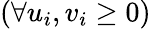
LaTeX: \left(\forall u_{i},v_{i}\geq 0\right)